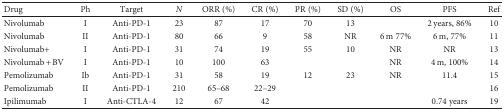
<table><thead><tr><td><b>Drug</b></td><td><b>Ph</b></td><td><b>Target</b></td><td><b><i>N</i></b></td><td><b>ORR (%)</b></td><td><b>CR (%)</b></td><td><b>PR (%)</b></td><td><b>SD (%)</b></td><td><b>OS</b></td><td><b>PFS</b></td><td><b>Ref</b></td></tr></thead><tbody><tr><td>Nivolumab</td><td>I</td><td>Anti-PD-1</td><td>23</td><td>87</td><td>17</td><td>70</td><td>13</td><td></td><td>2 years, 86%</td><td>10</td></tr><tr><td>Nivolumab</td><td>II</td><td>Anti-PD-1</td><td>80</td><td>66</td><td>9</td><td>58</td><td>NR</td><td>6 m 77%</td><td>6 m, 77%</td><td>11</td></tr><tr><td>Nivolumab+</td><td>I</td><td>Anti-PD-1</td><td>31</td><td>74</td><td>19</td><td>55</td><td>10</td><td>NR</td><td>NR</td><td>13</td></tr><tr><td>Nivolumab + BV</td><td>I</td><td>Anti-PD-1</td><td>10</td><td>100</td><td>63</td><td></td><td></td><td>NR</td><td>4 m, 100%</td><td>14</td></tr><tr><td>Pemolizumab</td><td>Ib</td><td>Anti-PD-1</td><td>31</td><td>58</td><td>19</td><td>12</td><td>23</td><td>NR</td><td>11.4</td><td>15</td></tr><tr><td>Pemolizumab</td><td>II</td><td>Anti-PD-1</td><td>210</td><td>65–68</td><td>22–29</td><td></td><td></td><td></td><td></td><td>16</td></tr><tr><td>Ipilimumab</td><td>I</td><td>Anti-CTLA-4</td><td>12</td><td>67</td><td>42</td><td></td><td></td><td></td><td>0.74 years</td><td>19</td></tr></tbody></table>